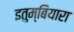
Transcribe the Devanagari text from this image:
इतुम्बियारा